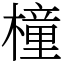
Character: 橦